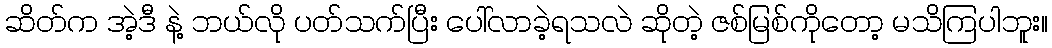
ဆိတ်က အဲ့ဒီ နဲ့ ဘယ်လို ပတ်သက်ပြီး ပေါ်လာခဲ့ရသလဲ ဆိုတဲ့ ဇစ်မြစ်ကိုတော့ မသိကြပါဘူး။